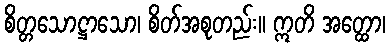
စိတ္တသောဋ္ဌာသော၊ စိတ်အစုတည်း။ ဣတိ အတ္ထော၊